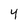
Character: 4